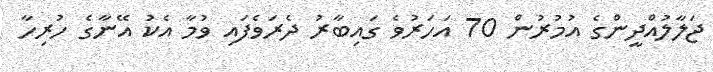
ޖަލާލުއްދީންގެ އުމުރުން 70 އަހަރުވެ ގައިބާރު ދެރަވެފައި ވުމާ އެކު އޭނާގެ ހުރިހާ